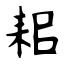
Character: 耜